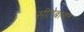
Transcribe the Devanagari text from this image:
सीतेबाबत